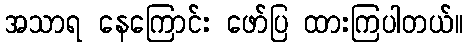
အသာရ နေကြောင်း ဖော်ပြ ထားကြပါတယ်။